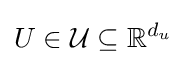
U\in {\mathcal {U}}\subseteq \mathbb {R} ^{d_{u}}